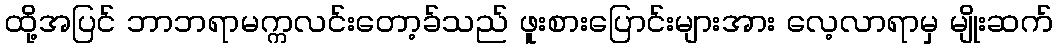
ထို့အပြင် ဘာဘရာမက္ကလင်းတော့ခ်သည် ဖူးစားပြောင်းများအား လေ့လာရာမှ မျိုးဆက်